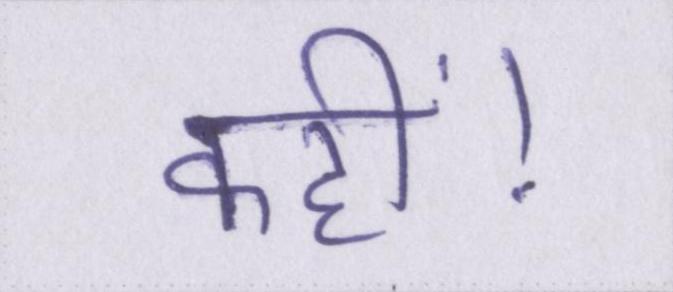
कहीं।